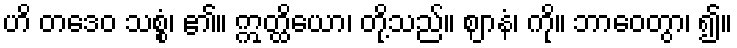
ဟိ တဒေဝ သစ္စံ၊ ၏။ ဣတ္ထိယော၊ တို့သည်။ ဈာနံ၊ ကို။ ဘာဝေတွာ၊ ၍။